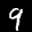
Label: 9